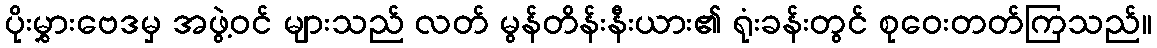
ပိုးမွှားဗေဒမှ အဖွဲ့ဝင် များသည် လတ် မွန်တိန်းနီးယား၏ ရုံးခန်းတွင် စုဝေးတတ်ကြသည်။